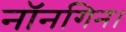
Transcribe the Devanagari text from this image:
नॉनगिन।